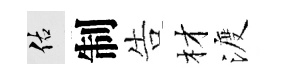
佑制告材渡